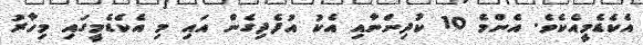
އެކެޑެމީއެކެވެ. އެންމެ 10 ކުދިންނާއި އެކު އުފެދިގެން އައި މި އެކެޑެމީގައި މިހާރު